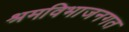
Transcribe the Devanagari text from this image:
श्रमविभाजनगत